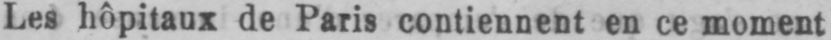
Les hôpitaux de Paris contiennent en ce moment